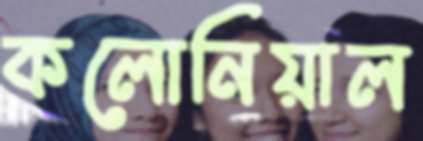
কলোনিয়াল